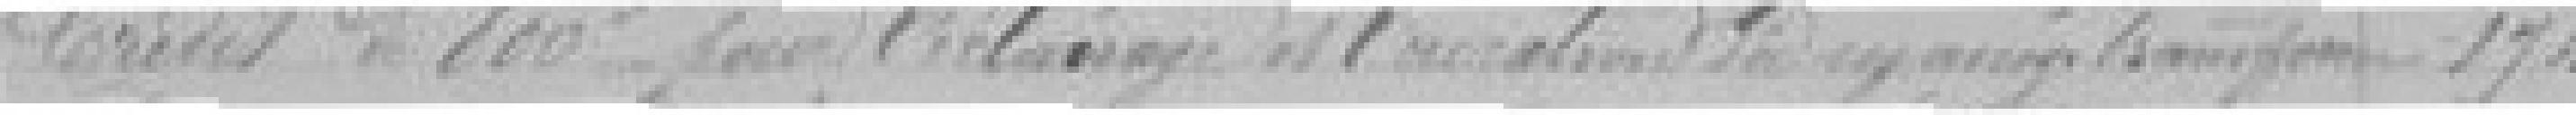
Crédit de 600 francs pour l'échange ???    174